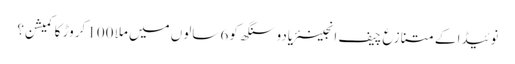
نوئیڈا کے متنازع چیف انجینئریادو سنگھ کو 6 سالوں میں ملا 100 کروڑ کا کمیشن؟